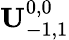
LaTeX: {\mathbf U}_{-1,1}^{0,0}